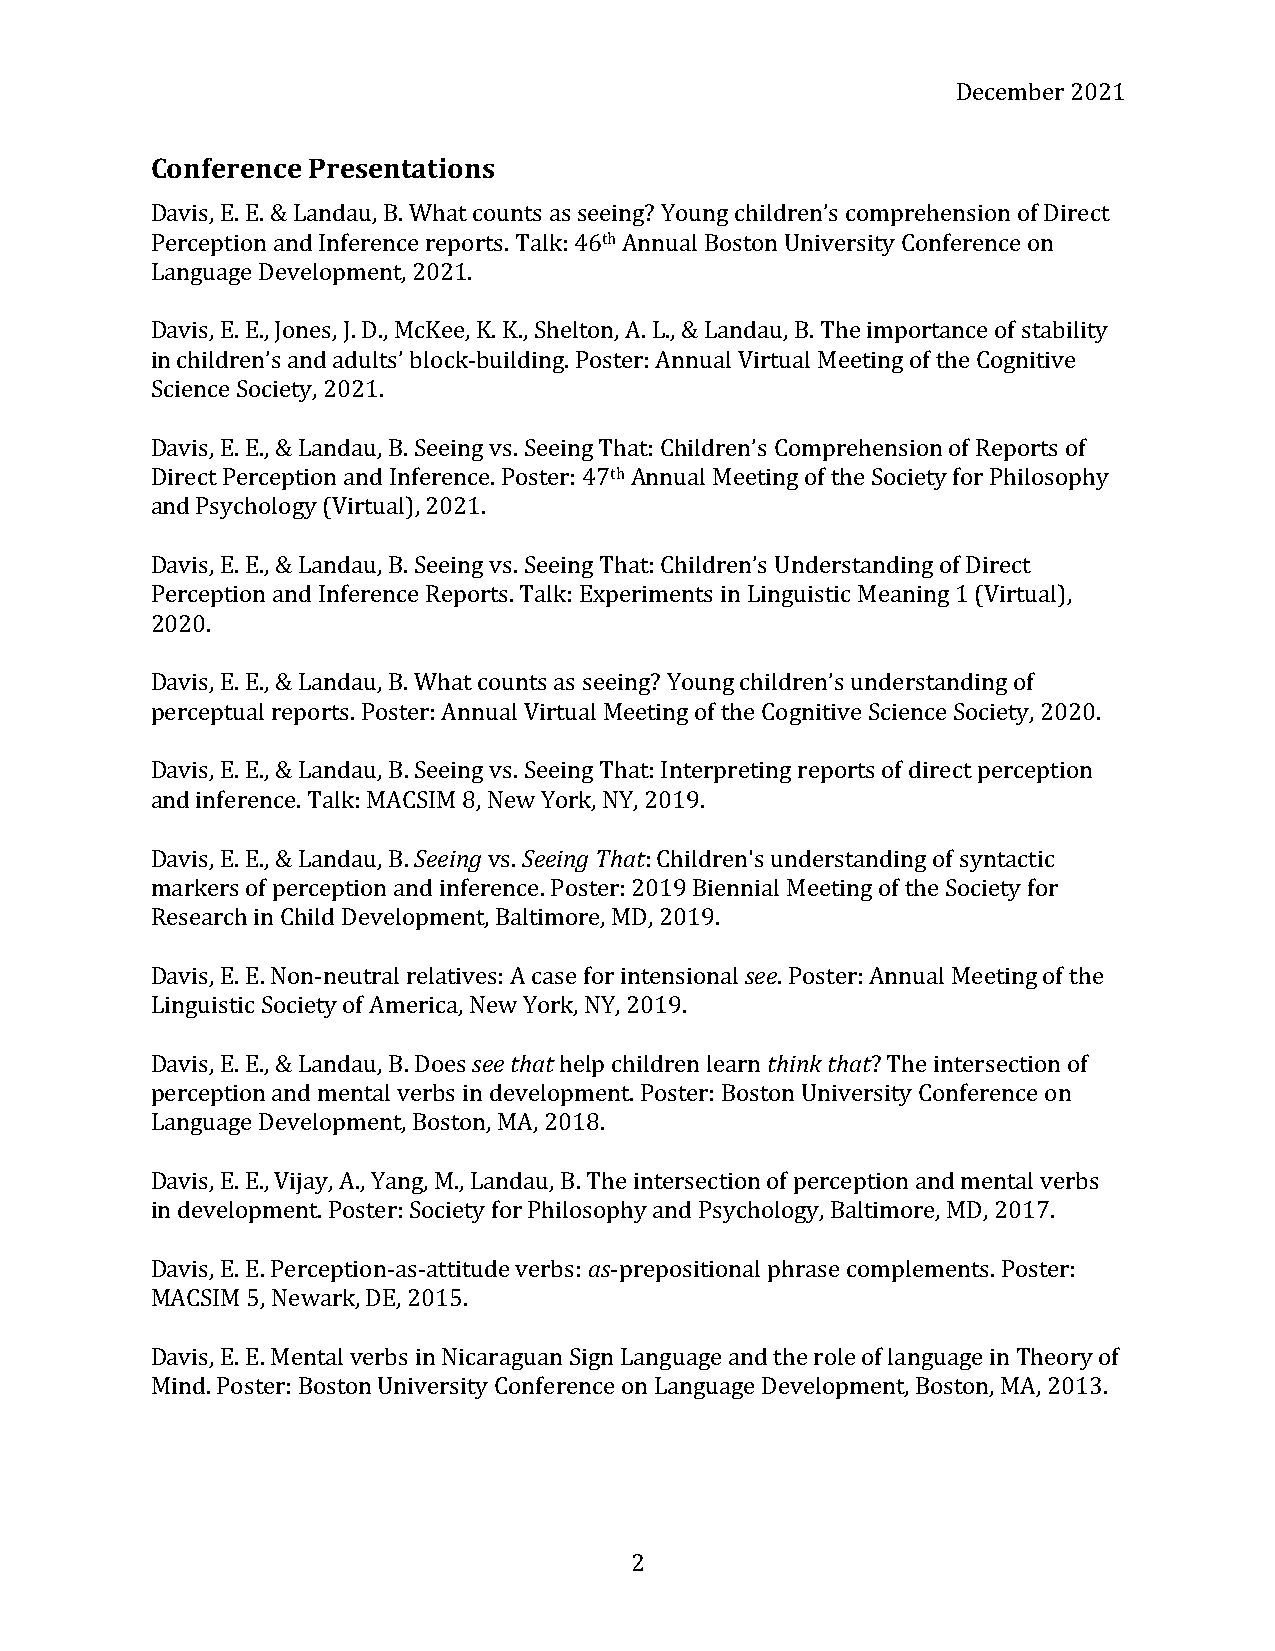
December 2021
 Conference Presentations
 Davis, E. E. & Landau, B. What counts as seeing? Young children’s comprehension of Direct
 Perception and Inference reports. Talk: 46th Annual Boston University Conference on
 Language Development, 2021.
 Davis, E. E., Jones, J. D., McKee, K. K., Shelton, A. L., & Landau, B. The importance of stability
 in children’s and adults’ block-building. Poster: Annual Virtual Meeting of the Cognitive
 Science Society, 2021.
 Davis, E. E., & Landau, B. Seeing vs. Seeing That: Children’s Comprehension of Reports of
 Direct Perception and Inference. Poster: 47th Annual Meeting of the Society for Philosophy
 and Psychology (Virtual), 2021.
 Davis, E. E., & Landau, B. Seeing vs. Seeing That: Children’s Understanding of Direct
 Perception and Inference Reports. Talk: Experiments in Linguistic Meaning 1 (Virtual),
 2020.
 Davis, E. E., & Landau, B. What counts as seeing? Young children’s understanding of
 perceptual reports. Poster: Annual Virtual Meeting of the Cognitive Science Society, 2020.
 Davis, E. E., & Landau, B. Seeing vs. Seeing That: Interpreting reports of direct perception
 and inference. Talk: MACSIM 8, New York, NY, 2019.
 Davis, E. E., & Landau, B. Seeing vs. Seeing That: Children's understanding of syntactic
 markers of perception and inference. Poster: 2019 Biennial Meeting of the Society for
 Research in Child Development, Baltimore, MD, 2019.
 Davis, E. E. Non-neutral relatives: A case for intensional see. Poster: Annual Meeting of the
 Linguistic Society of America, New York, NY, 2019.
 Davis, E. E., & Landau, B. Does see that help children learn think that? The intersection of
 perception and mental verbs in development. Poster: Boston University Conference on
 Language Development, Boston, MA, 2018.
 Davis, E. E., Vijay, A., Yang, M., Landau, B. The intersection of perception and mental verbs
 in development. Poster: Society for Philosophy and Psychology, Baltimore, MD, 2017.
 Davis, E. E. Perception-as-attitude verbs: as-prepositional phrase complements. Poster:
 MACSIM 5, Newark, DE, 2015.
 Davis, E. E. Mental verbs in Nicaraguan Sign Language and the role of language in Theory of
 Mind. Poster: Boston University Conference on Language Development, Boston, MA, 2013.
 2